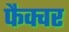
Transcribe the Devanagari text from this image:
फैक्चर